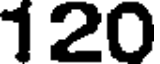
120